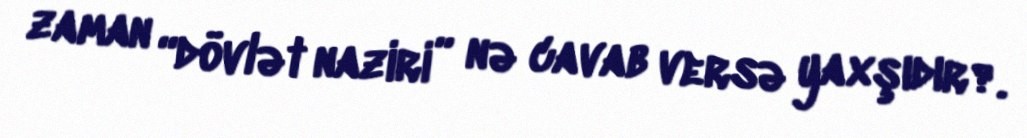
zaman “dövlət naziri” nə cavab versə yaxşıdır?.